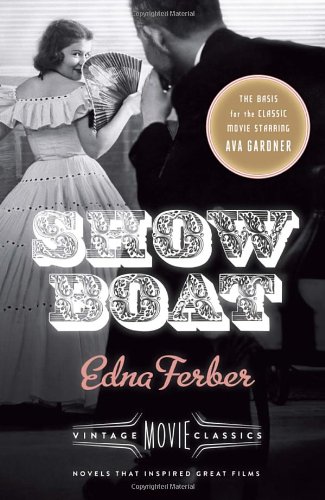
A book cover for Show Boat: Vintage Movie Classics; Edna Ferber; Romance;